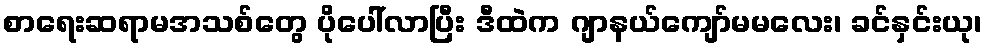
စာရေးဆရာမအသစ်တွေ ပိုပေါ်လာပြီး ဒီထဲက ဂျာနယ်ကျော်မမလေး၊ ခင်နှင်းယု၊